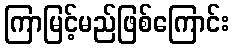
ကြာမြင့်မည်ဖြစ်ကြောင်း